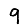
Digit: 9